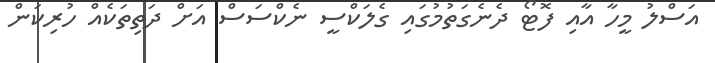
އަސްލު މީހާ އާއި ފޮޓޯ ދެނެގަތުމުގައި ގެލަކްސީ ނެކްސަސް އަށް ދަތިތަކެއް ހުރިކަން